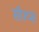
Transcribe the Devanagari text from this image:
सीरप्स